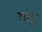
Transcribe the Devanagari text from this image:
रास्ट्र